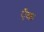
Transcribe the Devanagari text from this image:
एँक